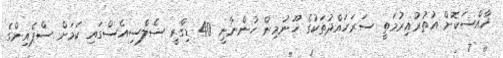
ޚާއްސަކޮށް އުތުރުއިރުމަތީ ސަރަހައްދުތަކުގެ ހޫނުމިން ހުންނާނީ 40 ޑިގްރީ ސެލްސިއެސްގައި ކަމަށް ސްޕެއިންގެ